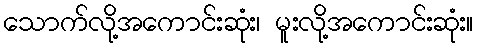
သောက်လို့အကောင်းဆုံး၊ မူးလို့အကောင်းဆုံး။